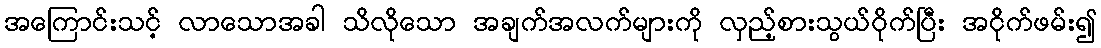
အကြောင်းသင့် လာသောအခါ သိလိုသော အချက်အလက်များကို လှည့်စားသွယ်ဝိုက်ပြီး အငိုက်ဖမ်း၍